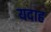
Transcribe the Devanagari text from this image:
यदाह